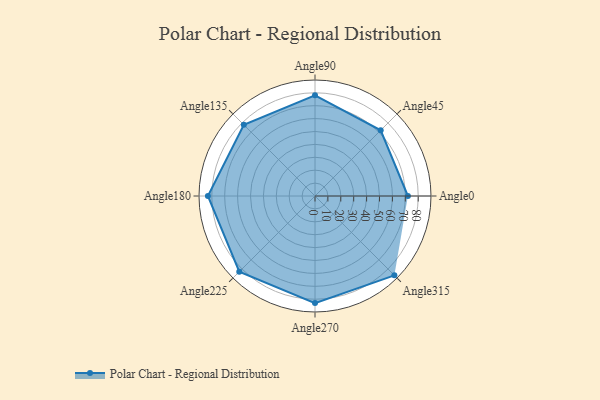
{"axis": {"x": "Angle", "y": "Radius"}, "legend": [""], "data": [{"x": "Angle0", "y": 72.0, "type": ""}, {"x": "Angle45", "y": 72.0, "type": ""}, {"x": "Angle90", "y": 78.0, "type": ""}, {"x": "Angle135", "y": 78.0, "type": ""}, {"x": "Angle180", "y": 83.0, "type": ""}, {"x": "Angle225", "y": 83.0, "type": ""}, {"x": "Angle270", "y": 83.0, "type": ""}, {"x": "Angle315", "y": 87.0, "type": ""}]}